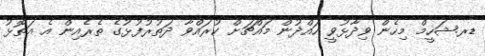
ޑރ.ޝަހީމް މިހެން ވިދާޅުވީ ހައްދުން މައްޗަށް ކުރައްވާ ދަތުރުފުޅުގެ ތެރެއިން އެ އަތޮޅު